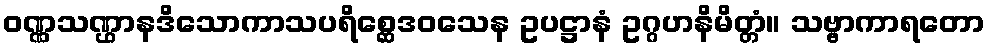
ဝဏ္ဏသဏ္ဌာနဒိသောကာသပရိစ္ဆေဒဝသေန ဥပဋ္ဌာနံ ဥဂ္ဂဟနိမိတ္တံ။ သဗ္ဗာကာရတော